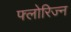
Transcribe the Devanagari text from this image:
फ्लोरिज्न